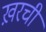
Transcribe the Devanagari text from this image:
ख़रची